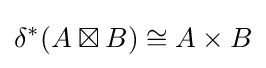
\delta ^{*}(A\boxtimes B)\cong A\times B